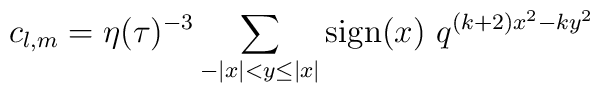
c_{l,m} = \eta(\tau)^{-3} \sum_{-|x|<y\leq |x|} {\rm sign}(x)    ~q^{(k+2)x^2 -ky^2}